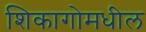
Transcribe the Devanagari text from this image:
शिकागोमधील